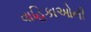
વાહિકાઓની